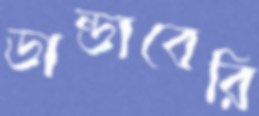
ডান্ডাবেরি